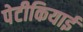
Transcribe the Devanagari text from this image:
पेटीकियाई